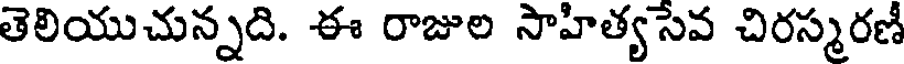
తెలియుచున్నది. ఈ రాజుల సాహిత్యసేవ చిరస్మరణి